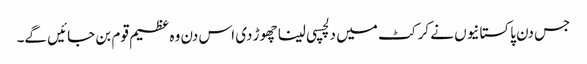
جس دن پاکستانیوں نے کرکٹ میں دلچسپی لینا چھوڑ دی اس دن وہ عظیم قوم بن جائیں گے۔